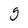
Character: g